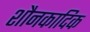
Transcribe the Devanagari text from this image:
शौनकादिक